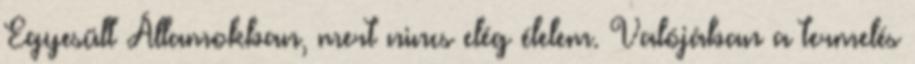
Egyesült Államokban, mert nincs elég élelem. Valójában a termelés